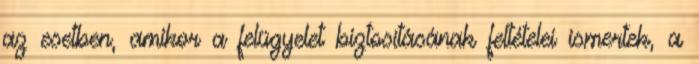
az esetben, amikor a felügyelet biztosításának feltételei ismertek, a